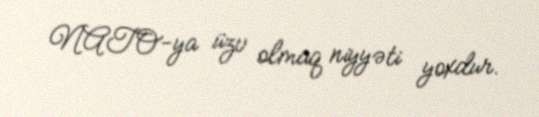
NATO-ya üzv olmaq niyyəti yoxdur.